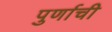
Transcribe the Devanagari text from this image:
पुर्णाची